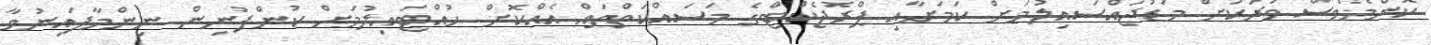
ކޮންމެވެސް ވަރަކަށް މަޑުޖައްސައިލުމަށް ކަމަށާއި ޕްރޮޖެކްޓްގެ މަސައްކަތްތައް އެއްކޮށް ހުއްޓައިލުމަށް ކުންފުނިން ނިންމާފައިނުވާ